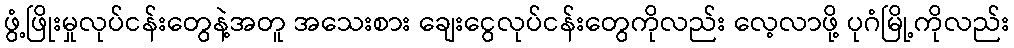
ဖွံ့ဖြိုးမှုလုပ်ငန်းတွေနဲ့အတူ အသေးစား ချေးငွေလုပ်ငန်းတွေကိုလည်း လေ့လာဖို့ ပုဂံမြို့ကိုလည်း